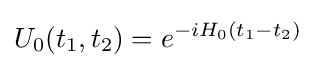
U_{0}(t_{1},t_{2})=e^{-iH_{0}(t_{1}-t_{2})}